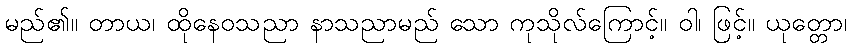
မည်၏။ တာယ၊ ထိုနေဝသညာ နာသညာမည် သော ကုသိုလ်ကြောင့်။ ဝါ၊ ဖြင့်။ ယုတ္တော၊